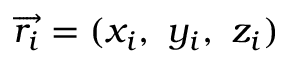
\overrightarrow { r _ { i } } = ( x _ { i } , ~ y _ { i } , ~ z _ { i } )